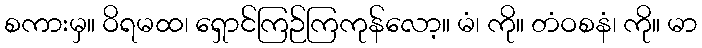
စကားမှ။ ဝိရမထ၊ ရှောင်ကြဉ်ကြကုန်လော့။ မံ၊ ကို။ တံဝစနံ၊ ကို။ မာ